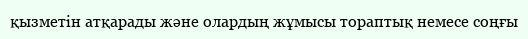
қызметін атқарады және олардың жұмысы тораптық немесе соңғы